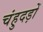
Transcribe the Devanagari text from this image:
चंहुदड़ों